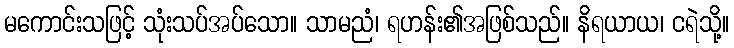
မကောင်းသဖြင့် သုံးသပ်အပ်သော။ သာမညံ၊ ရဟန်း၏အဖြစ်သည်။ နိရယာယ၊ ငရဲသို့။